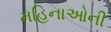
મહિનાઓની